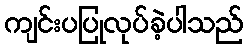
ကျင်းပပြုလုပ်ခဲ့ပါသည်